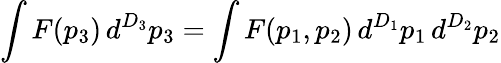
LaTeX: \int F(p_{3})\, d^{D_{3}}p_{3}=\int F(p_{1},p_{2})\, d^{D_{1}}p_{1}\, d^{D_{2}}p_{2}